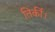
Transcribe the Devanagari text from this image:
तिर्की।